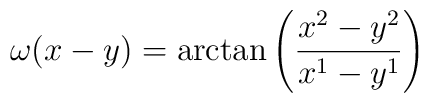
\omega(x-y) = \arctan \left( \frac{x^2 - y^2}{x^1 - y^1} \right)